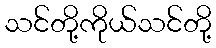
သင်တို့ကိုယ်သင်တို့